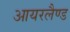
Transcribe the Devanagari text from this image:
आयरलैण्‍ड